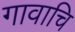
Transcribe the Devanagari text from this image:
गावाचि